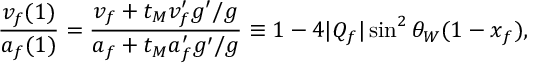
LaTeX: \frac { v _ { f } ( 1 ) } { a _ { f } ( 1 ) } = \frac { v _ { f } + t _ { M } v _ { f } ^ { \prime } g ^ { \prime } / g } { a _ { f } + t _ { M } a _ { f } ^ { \prime } g ^ { \prime } / g } \equiv 1 - 4 | Q _ { f } | \sin ^ { 2 } \theta _ { W } ( 1 - x _ { f } ) ,